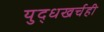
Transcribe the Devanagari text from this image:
युद्धखर्चही